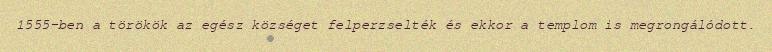
1555-ben a törökök az egész községet felperzselték és ekkor a templom is megrongálódott.